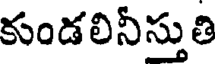
కుండలినీస్తుతి